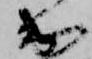
出